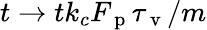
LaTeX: t\rightarrow tk_{c}F_{\mathrm{~p~}}\tau_{\mathrm{~v~}}/m